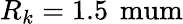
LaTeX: R_{k}=1.5\, \mathrm{\ mum}